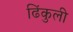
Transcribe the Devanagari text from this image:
ढिंकुली